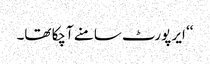
‘‘ ایر پورٹ سامنے آچکا تھا۔